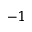
^ { - 1 }